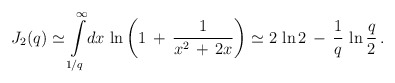
\begin{align*}J_2(q)\simeq \int\limits_{1/q}^{\infty}\!dx\,\ln\left(1\,+\,\frac{1}{x^2\,+\,2x}\right)\simeq 2\,\ln 2\,-\,\frac{1}{q}\,\ln\frac{q}{2}\,{.}\end{align*}